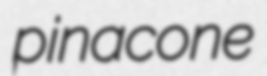
pinacone